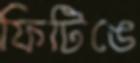
ফিটিঙে